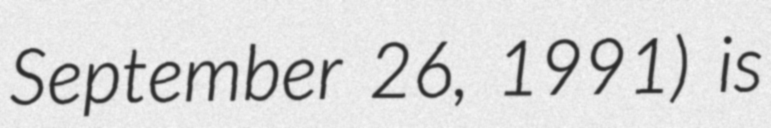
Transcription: September 26, 1991) is